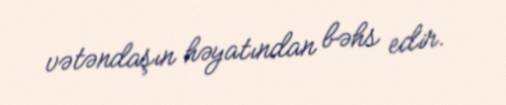
vətəndaşın həyatından bəhs edir.